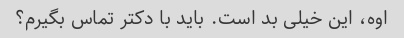
اوه، این خیلی بد است. باید با دکتر تماس بگیرم؟